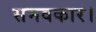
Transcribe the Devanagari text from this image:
समवकार।